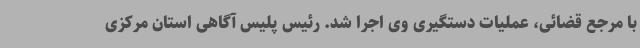
با مرجع قضائی، عملیات دستگیری وی اجرا شد. رئیس پلیس آگاهی استان مرکزی